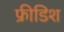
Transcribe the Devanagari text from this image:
फ्रीडिश